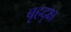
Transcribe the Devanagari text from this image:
बृहदृक्ष